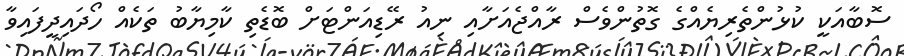
ސޮބާއަކީ ކުޅުންތެރިޔެއްގެ ގޮތުންވެސް ރާއްޖެއަށާއި ނިއު ރޭޑިއަންޓަށް ބޮޑެތި ކާމިޔާބު ތަކެއް ހޯދައިދީފައިވާ